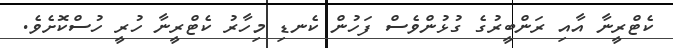
ކެޓްރީނާ އާއި ރަންބީރުގެ ގުޅުންވެސް ފަހުން ކެނޑި މިހާރު ކެޓްރީނާ ހުރީ ހުސްކޮށެވެ.